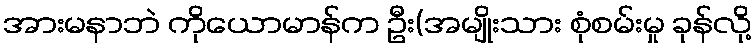
အားမနာဘဲ ကိုယောမာန်က ဦး(အမျိုးသား စုံစမ်းမှု ခုန်လို့